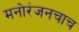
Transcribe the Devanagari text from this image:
मनोरंजनचाच